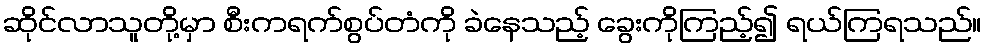
ဆိုင်လာသူတို့မှာ စီးကရက်စွပ်တံကို ခဲနေသည့် ခွေးကိုကြည့်၍ ရယ်ကြရသည်။